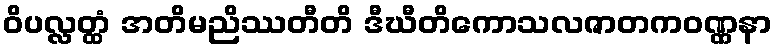
ဝိပလ္လတ္ထံ အတိမညိဿတီတိ ဒီဃီတိကောသလဇာတကဝဏ္ဏနာ